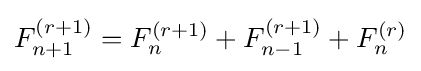
F_{n+1}^{(r+1)}=F_{n}^{(r+1)}+F_{n-1}^{(r+1)}+F_{n}^{(r)}